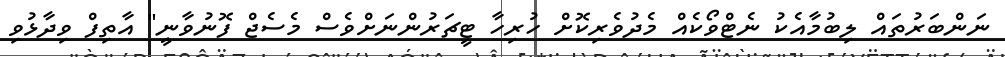
ނަންބަރުތައް ލިބުމާއެކު ނެޓްވޯކެއް މެދުވެރިކޮށް ހުރިހާ ޓީޗަރުންނަށްވެސް މެސެޖް ފޮނުވާނީ" އާތިފް ވިދާޅުވި